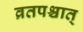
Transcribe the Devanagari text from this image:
व्रतपश्चात्‌